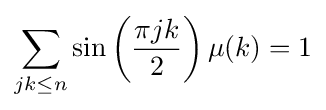
\sum _{jk\leq n}\sin \left({\frac {\pi jk}{2}}\right)\mu (k)=1